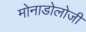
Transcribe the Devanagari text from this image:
मोनाडोलोजी